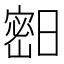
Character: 𱚓